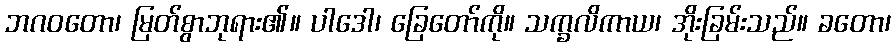
ဘဂဝတော၊ မြတ်စွာဘုရား၏။ ပါဒေါ၊ ခြေတော်ကို။ သက္ခလိကာယ၊ အိုးခြမ်းသည်။ ခတော၊